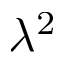
\lambda ^ { 2 }